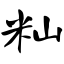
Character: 籼